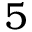
5